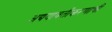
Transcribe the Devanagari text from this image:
अद्ययावतीकरणाची